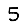
Digit: 5